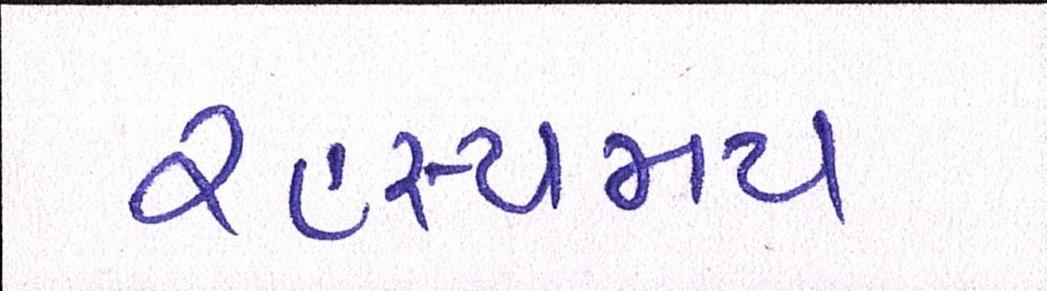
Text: રહસ્યમય